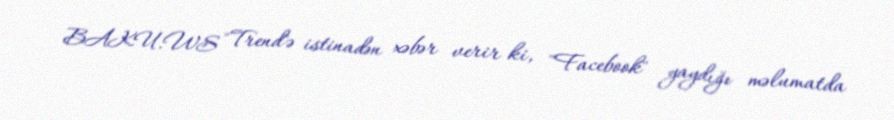
BAKU.WS "Trend"ə istinadən xəbər verir ki, "Facebook" yaydığı məlumatda